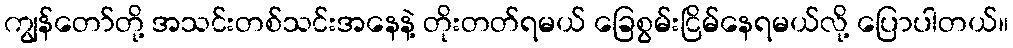
ကျွန်တော်တို့ အသင်းတစ်သင်းအနေနဲ့ တိုးတတ်ရမယ် ခြေစွမ်းငြိမ်နေရမယ်လို့ ပြောပါတယ်။